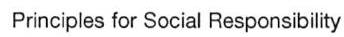
Principles for Social Responsibility